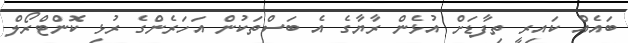
ބައެއް ކައިރީ ތިފާޑަށް އުޅެން ރާޔާގެ އެ ބަސްތަކުން އަހަރެންގެ ރުޅި ކޮންޓްރޯލް